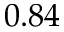
0 . 8 4